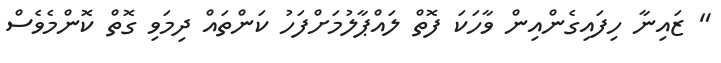
" ޒައިނާ ހިފައިގެންއިން ވާހަކަ ފޮތް ލައްޕާލުމަށްފަހު ކަންތައް ދިމަވި ގޮތް ކޮންމެވެސް